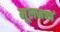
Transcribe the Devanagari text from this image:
मूलमन्त्रं